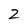
Character: 2